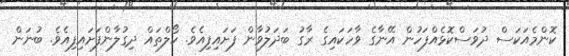
ކޮންމެއަކަސް ދުވަސްކޮޅެއްފަހުން އޭނާގެ ވާހަކައިގެ ރާގު ބަދަލުވާން ފަށައިފިއެވެ. ކޯލްތައް ދިގުލާންފަށައިފިއެވެ. ބުނަން